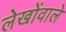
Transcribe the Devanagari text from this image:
लेखोंवाले